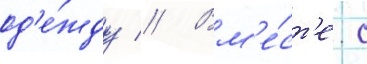
од'е́жду // Вм'е́ст'е с